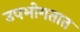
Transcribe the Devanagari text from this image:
उपभोगतात